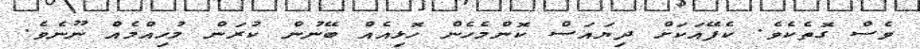
ވެސް ގޮތެކެވެ. ކެފޭއަކަށް ދިޔައަސް ކޮންމެހެން ހޮޅިއެއް ބޭނުން ކުރަން މުހިއްމެއް ނޫނެވެ.